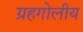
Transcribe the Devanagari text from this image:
ग्रहगोलीय